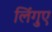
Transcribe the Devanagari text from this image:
लिंगुए